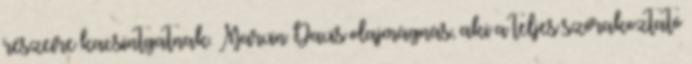
részeire kacsintgatnak. Marvin Davis olajmágnás, aki a teljes szórakoztató